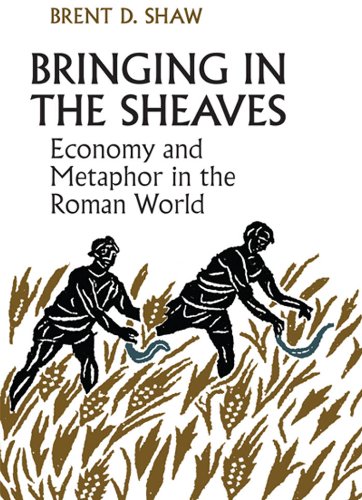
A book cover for Bringing in the Sheaves: Economy and Metaphor in the Roman World (Robson Classical Lectures); Brent Shaw; Science & Math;